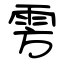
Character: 雱